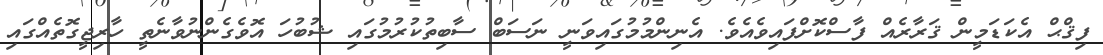
ފިޤްޙް އެކަޑަމީން ޤަރާރެއް ފާސްކޮށްފައިވެއެވެ. އެނިންމުމުގައިވަނީ ނަސަބް ސާބިތުކުރުމުގައި ޝުބުހަ އޮވެގެންނުވާނެތީ ހާރިޖީގޮތެއްގައި